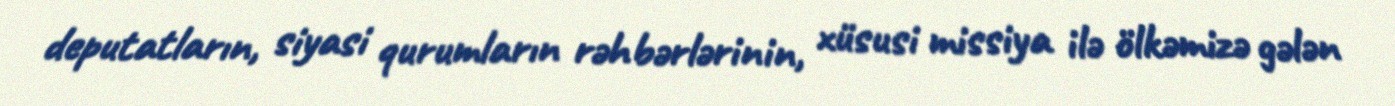
deputatların, siyasi qurumların rəhbərlərinin, xüsusi missiya ilə ölkəmizə gələn